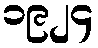
၁၉၂၄